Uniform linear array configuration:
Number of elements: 4
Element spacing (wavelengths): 0.5
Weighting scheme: uniform
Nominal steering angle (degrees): -15
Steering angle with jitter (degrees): -15.26
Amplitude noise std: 0.05
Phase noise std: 0.05

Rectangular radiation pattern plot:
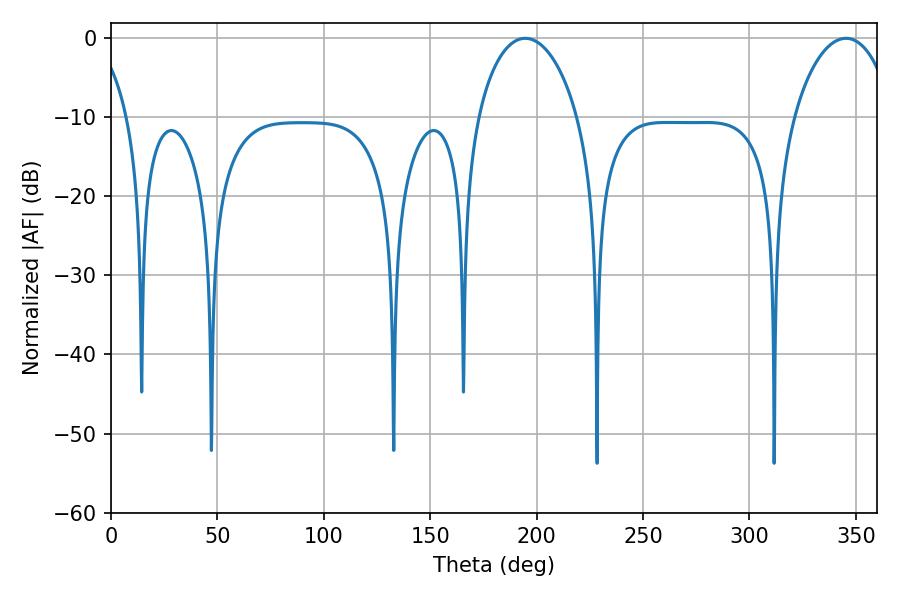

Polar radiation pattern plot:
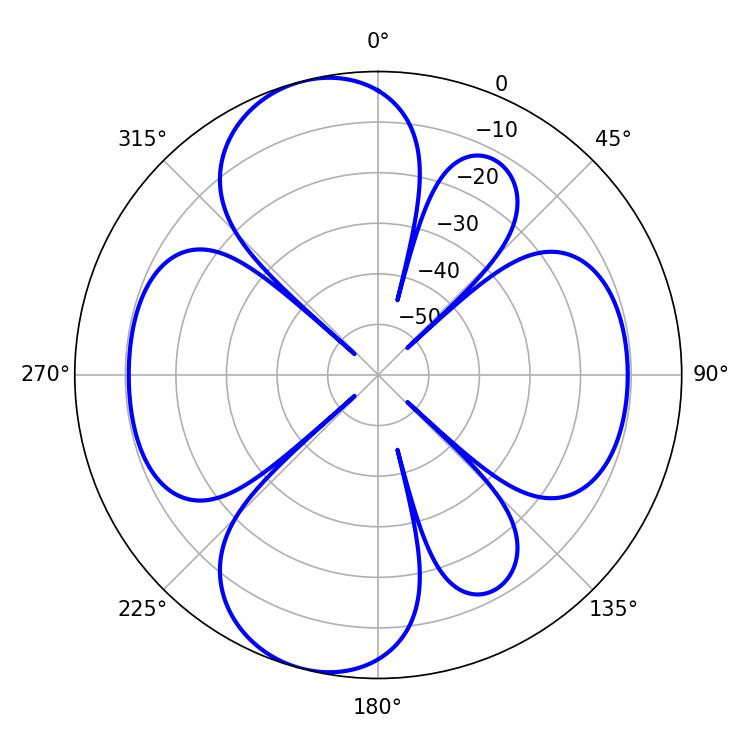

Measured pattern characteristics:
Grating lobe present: FALSE
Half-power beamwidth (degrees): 27
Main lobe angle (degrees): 345.42